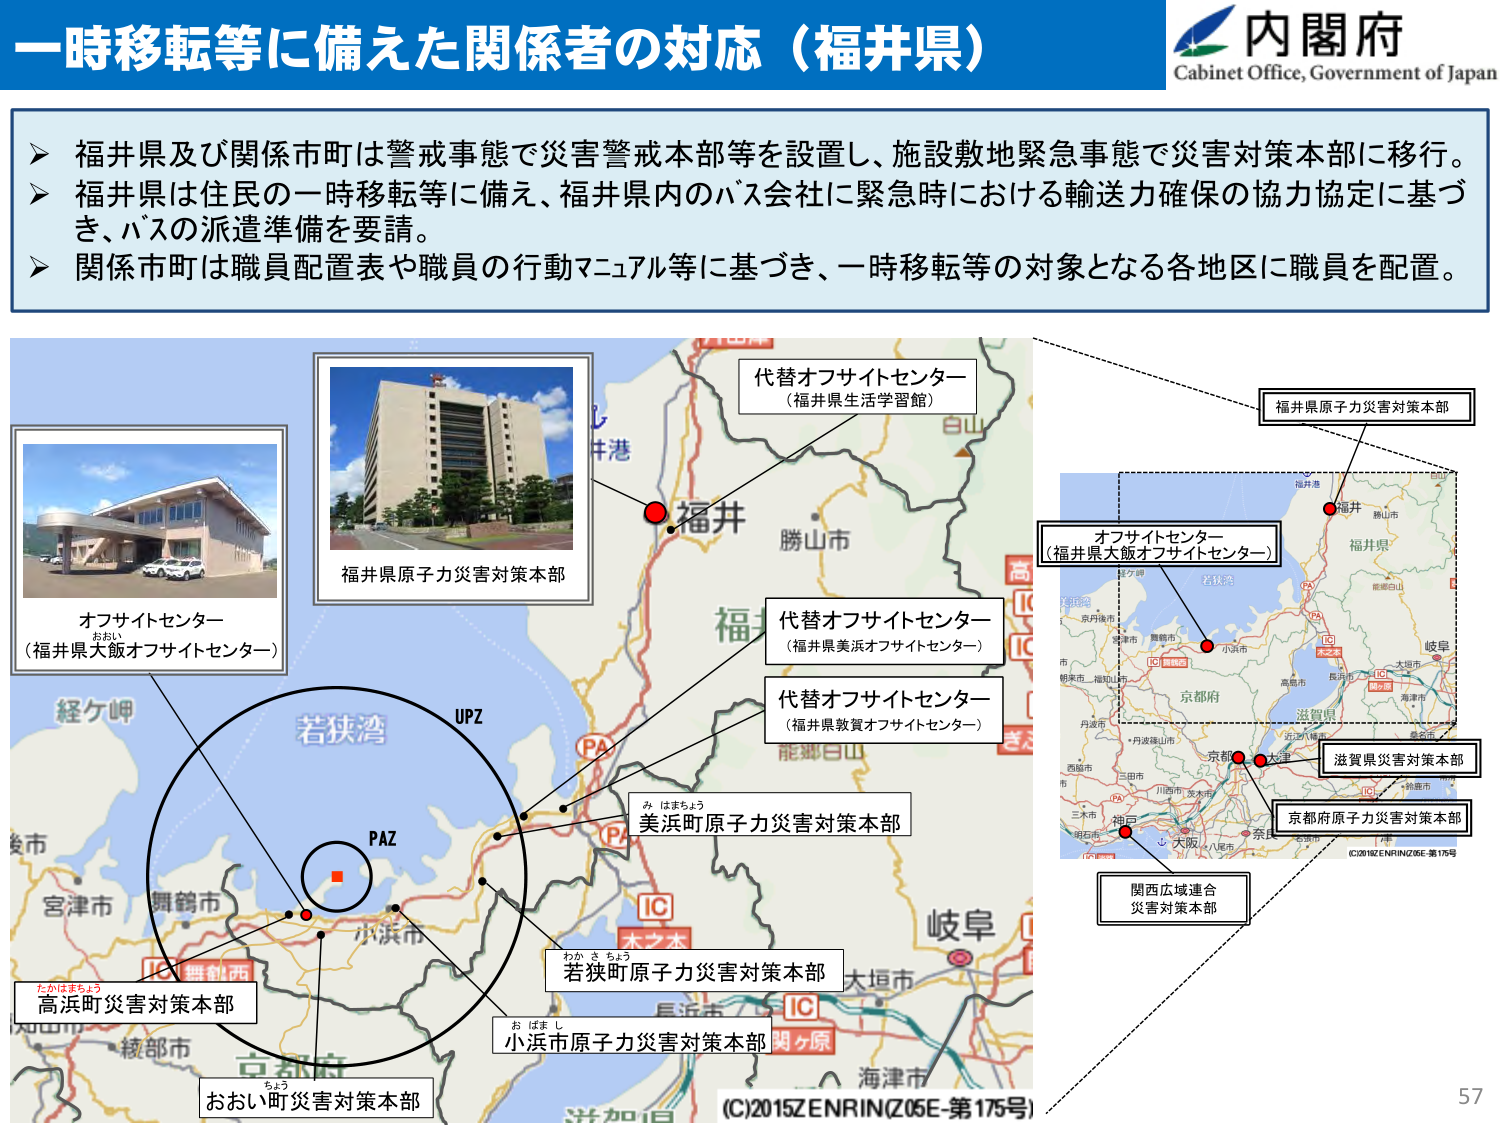
一時移転等に備えた関係者の対応（福井県）

内閣府
Cabinet Office, Government of Japan

▶ 福井県及び関係市町は警戒事態で災害警戒本部等を設置し、施設敷地緊急事態で災害対策本部に移行。
▶ 福井県は住民の一時移転等に備え、福井県内のバス会社に緊急時における輸送力確保の協力協定に基づき、バスの派遣準備を要請。
▶ 関係市町は職員配置表や職員の行動マニュアル等に基づき、一時移転等の対象となる各地区に職員を配置。

オフサイトセンター
（福井県大飯オフサイトセンター）

福井県原子力災害対策本部

代替オフサイトセンター
（福井県生活学習館）

代替オフサイトセンター
（福井県美浜オフサイトセンター）

代替オフサイトセンター
（福井県敦賀オフサイトセンター）

美浜町原子力災害対策本部

若狭町原子力災害対策本部

小浜市原子力災害対策本部

おおい町災害対策本部

高浜町災害対策本部

福井県原子力災害対策本部

オフサイトセンター
（福井県大飯オフサイトセンター）

滋賀県災害対策本部

京都府原子力災害対策本部

関西広域連合
災害対策本部

UPZ
PAZ

（C）2015 ZENRIN（Z05E-第175号）

57